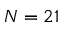
N = 2 1